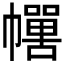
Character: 𱜻